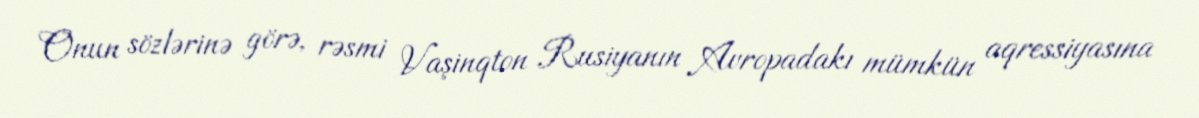
Onun sözlərinə görə, rəsmi Vaşinqton Rusiyanın Avropadakı mümkün aqressiyasına